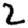
Digit: 2